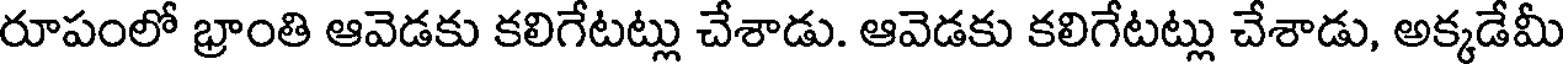
రూపంలో భ్రాంతి ఆవెడకు కలిగేటట్లు చేశాడు. ఆవెడకు కలిగేటట్లు చేశాడు, అక్కడేమీ